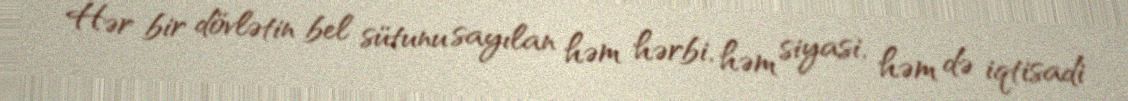
Hər bir dövlətin bel sütunu sayılan həm hərbi, həm siyasi, həm də iqtisadi